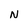
Character: N